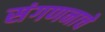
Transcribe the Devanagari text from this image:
संगणनाचे